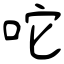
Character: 咜